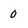
Character: 0